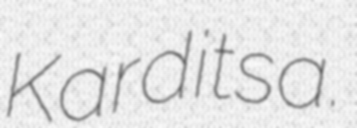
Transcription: Karditsa.